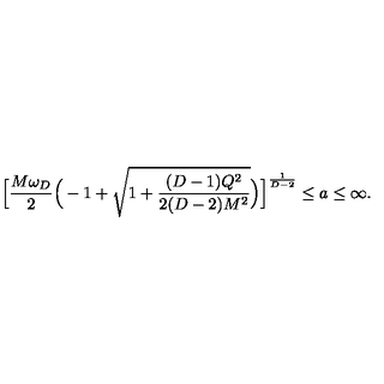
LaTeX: \Big [ { \frac { M \omega _ { D } } { 2 } } \Big ( - 1 + { \sqrt { 1 + { \frac { ( D - 1 ) Q ^ { 2 } } { 2 ( D - 2 ) M ^ { 2 } } } } } \Big ) \Big ] ^ { \frac { 1 } { D - 2 } } \le a \le \infty .